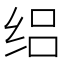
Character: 𬘤